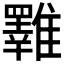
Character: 𩁇